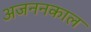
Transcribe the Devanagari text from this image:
अजननकाल